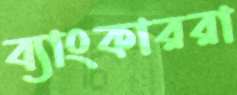
ব্যাংকাররা